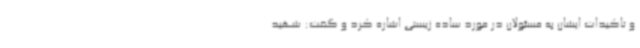
و تاکیدات ایشان به مسئولان در مورد ساده زیستی اشاره کرد و گفت: شهید